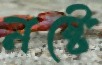
নষ্টে